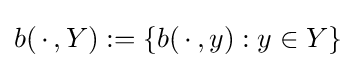
b(\,\cdot \,,Y):=\{b(\,\cdot \,,y):y\in Y\}